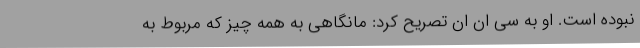
نبوده است. او به سی ان ان تصریح کرد: مانگاهی به همه چیز که مربوط به